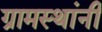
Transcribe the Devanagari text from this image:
ग्रामस्‍थांनी